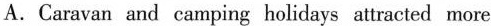
A.Caravan and camping holitdays attracted more